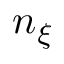
n _ { \xi }